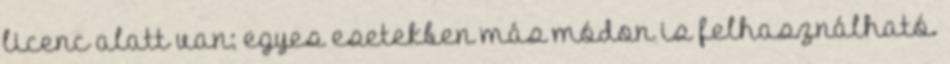
licenc alatt van; egyes esetekben más módon is felhasználható.